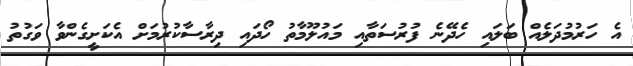
އެ ހަރުމުދަލެއް ބަލައި ހެދޭނެ ފުރުސަތާއި މައުލޫމާތު ހޯދައި ދިރާސާކުރުމަށް އެކަށީގެންވާ ވަގުތު